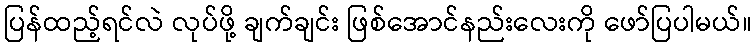
ပြန်ထည့်ရင်လဲ လုပ်ဖို့ ချက်ချင်း ဖြစ်အောင်နည်းလေးကို ဖော်ပြပါမယ်။